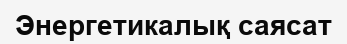
Энергетикалық саясат